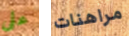
على مراهنات